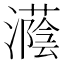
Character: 𪷵